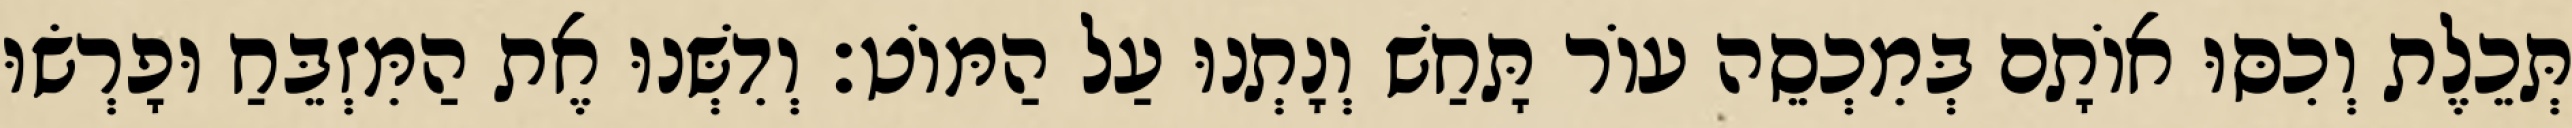
תְּכֵלֶת וְכִסּוּ אוֹתָם בְּמִכְסֵה עוֹר תָּחַשׁ וְנָתְנוּ עַל הַמּוֹט׃ וְדִשְּׁנוּ אֶת הַמִּזְבֵּחַ וּפָרְשׂוּ